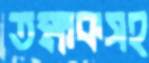
তক্ষকসহ